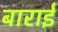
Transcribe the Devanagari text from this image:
बाराई